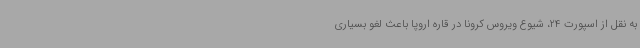
به نقل از اسپورت 24، شیوع ویروس کرونا در قاره اروپا باعث لغو بسیاری